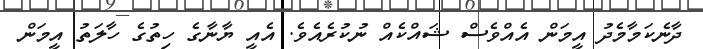
ދާނެކަމާމެދު އީމަން އެއްވެސް ޝައްކެއް ނުކުރެއެވެ. އެއީ ޔާނާގެ ހިތުގެ ހާލަތު އީމަން